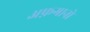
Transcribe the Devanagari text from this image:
अफ़गानो